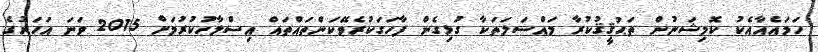
ހަމައެއާއެކު ކޮމިޝަނުން ތަޙުޤީޤުކުރާ މައްސަލަތަކާ ގުޅިގެން ފާހަގަކުރެވޭކަންތައްތައް އިސްލާހުކުރުމަށް 2015 ވަނަ އަހަރުގެ